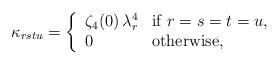
LaTeX: \begin{align*} \kappa_{rstu} = \left\{ \begin{array}{ll} \zeta_4(0)\, \lambda_r^4 & \mbox{if } r=s=t=u,\\ 0 & \mbox{otherwise}, \end{array} \right.\end{align*}